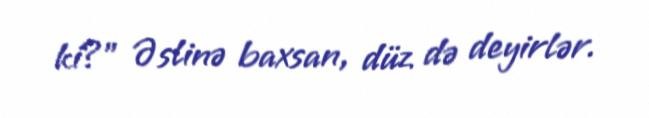
ki?” Əslinə baxsan, düz də deyirlər.